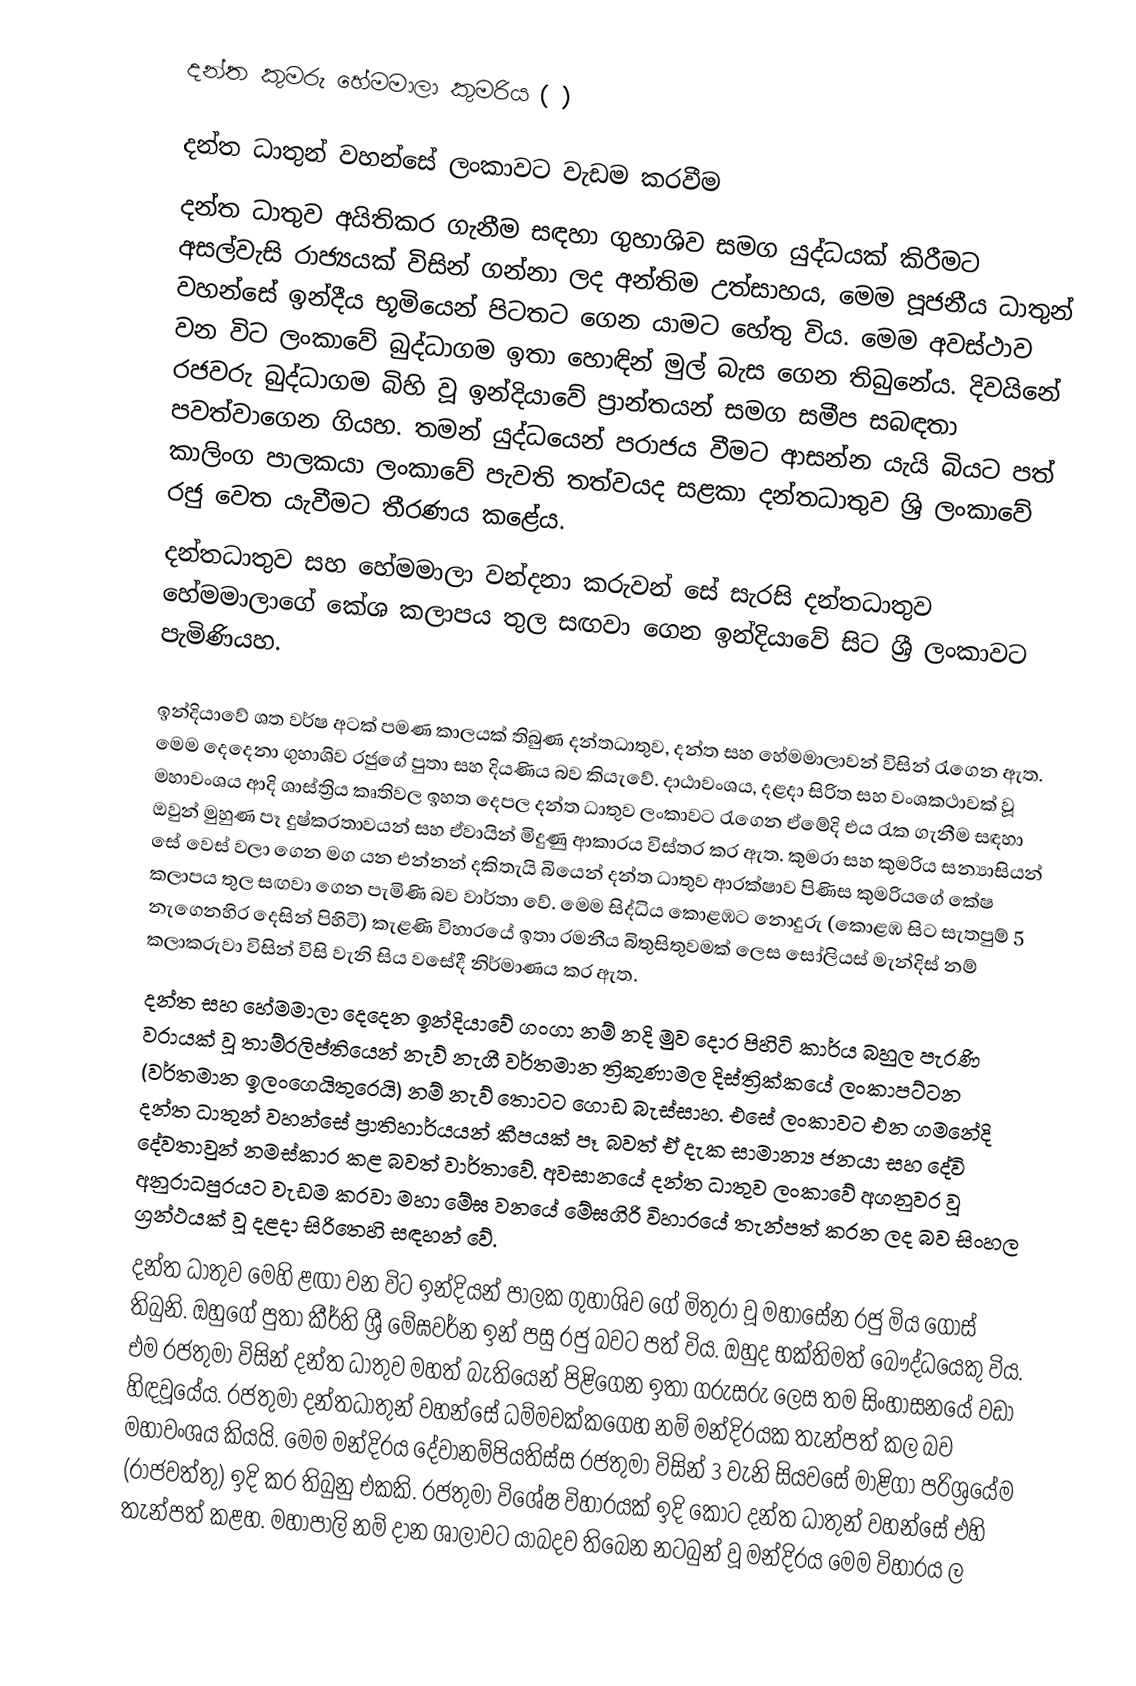
දන්ත කුමරු  හේමමාලා කුමරිය ( )

දන්ත ධාතුන් වහන්සේ ලංකාවට වැඩම කරවීම
දන්ත ධාතුව අයිතිකර ගැනීම සඳහා ගුහාශිව සමග යුද්ධයක් කිරීමට අසල්වැසි රාජ්‍යයක් විසින් ගන්නා ලද අන්තිම උත්සාහය, මෙම පූජනීය ධාතුන් වහන්සේ ඉන්දීය භූමියෙන් පිටතට ගෙන යාමට හේතු විය. මෙම අවස්ථාව වන විට ලංකාවේ බුද්ධාගම ඉතා හොඳින් මුල් බැස ගෙන තිබුනේය. දිවයිනේ රජවරු බුද්ධාගම බිහි වූ ඉන්දියාවේ ප්‍රාන්තයන් සමග සමීප සබඳතා පවත්වාගෙන ගියහ. තමන් යුද්ධයෙන් පරාජය වීමට ආසන්න යැයි බියට පත් කාලිංග පාලකයා ලංකාවේ පැවති තත්වයද සළකා දන්තධාතුව ශ්‍රි ලංකාවේ රජු වෙත යැවීමට තීරණය කළේය.
දන්තධාතුව සහ හේමමාලා වන්දනා කරුවන් සේ සැරසි දන්තධාතුව හේමමාලාගේ කේශ කලාපය තුල සඟවා ගෙන ඉන්දියාවේ සිට ශ්‍රී ලංකාවට පැමිණියහ.

	ඉන්දියාවේ ශත වර්ෂ අටක් පමණ කාලයක් තිබුණ දන්තධාතුව, දන්ත සහ හේමමාලාවන් විසින් රැගෙන ඇත. මෙම දෙදෙනා ගුහාශිව රජුගේ පුතා සහ දියණිය බව කියැවේ. දාඨාවංශය, දළදා සිරිත සහ වංශකථාවක් වූ මහාවංශය ආදි ශාස්ත්‍රිය කෘතිවල ඉහත දෙපල දන්ත ධාතුව ලංකාවට රැගෙන ඒමේදි එය රැක ගැනීම සඳහා ඔවුන් මුහුණ පෑ දුෂ්කරතාවයන් සහ ඒවායින් මිදුණු ආකාරය විස්තර කර ඇත. කුමරා සහ කුමරිය සන්‍යාසියන් සේ වෙස් වලා ගෙන මග යන එන්නන් දකිතැයි බියෙන් දන්ත ධාතුව ආරක්ෂාව පිණිස කුමරියගේ කේෂ කලාපය තුල සඟවා ගෙන පැමිණි බව වාර්තා වේ. මෙම සිද්ධිය කොළඹට නොදුරු (කොළඹ සිට සැතපුම් 5 නැගෙනහිර දෙසින් පිහිටි) කැළණි විහාරයේ ඉතා රමනීය බිතුසිතුවමක් ලෙස සෝලියස් මැන්දිස් නම් කලාකරුවා විසින් විසි වැනි සිය වසේදී නිර්මාණය කර ඇත.
	දන්ත සහ හේමමාලා දෙදෙන ඉන්දියාවේ ගංගා නම් නදි මුව දොර පිහිටි කාර්ය බහුල පැරණි වරායක් වූ තාම්රලිප්තියෙන් නැව් නැගී වර්තමාන ත්‍රිකුණාමල දිස්ත්‍රික්කයේ ලංකාපට්ටන (වර්තමාන ඉලංගෙයිතුරෙයි) නම් නැව් තොටට ගොඩ බැස්සාහ. එසේ ලංකාවට එන ගමනේදි දන්ත ධාතුන් වහන්සේ ප්‍රාතිහාර්යයන් කීපයක් පෑ බවත් ඒ දැක සාමාන්‍ය ජනයා සහ දේවි දේවතාවුන් නමස්කාර කළ බවත් වාර්තාවේ. අවසානයේ දන්ත ධාතුව ලංකාවේ අගනුවර වූ අනුරාධපුරයට වැඩම කරවා මහා මේඝ වනයේ මේඝගිරි විහාරයේ තැන්පත් කරන ලද බව සිංහල ග්‍රන්ථයක් වූ දළදා සිරිතෙහි සඳහන් වේ.
	දන්ත ධාතුව මෙහි ළඟා වන විට ඉන්දියන් පාලක ගුහාශිව ගේ මිතුරා වූ මහාසේන රජු මිය ගොස් තිබුනි. ඔහුගේ පුතා කීර්ති ශ්‍රී මේඝවර්න ඉන් පසු රජු බවට පත් විය. ඔහුද භක්තිමත් බෞද්ධයෙකු විය. එම රජතුමා විසින් දන්ත ධාතුව මහත් බැතියෙන් පිළිගෙන ඉතා ගරුසරු ලෙස තම සිංහාසනයේ වඩා හිඳවූයේය. රජතුමා දන්තධාතුන් වහන්සේ ධම්මචක්කගෙහ නම් මන්දිරයක තැන්පත් කල බව මහාවංශය කියයි. මෙම මන්දිරය දේවානම්පියතිස්ස රජතුමා විසින් 3 වැනි සියවසේ මාළිගා පරිශ්‍රයේම (රාජවත්තු) ඉදි කර තිබුනු එකකි. රජතුමා විශේෂ විහාරයක් ඉදි කොට දන්ත ධාතුන් වහන්සේ එහි තැන්පත් කළහ. මහාපාලි නම් දාන ශාලාවට යාබදව තිබෙන නටබුන් වූ මන්දිරය මෙම විහාරය ල